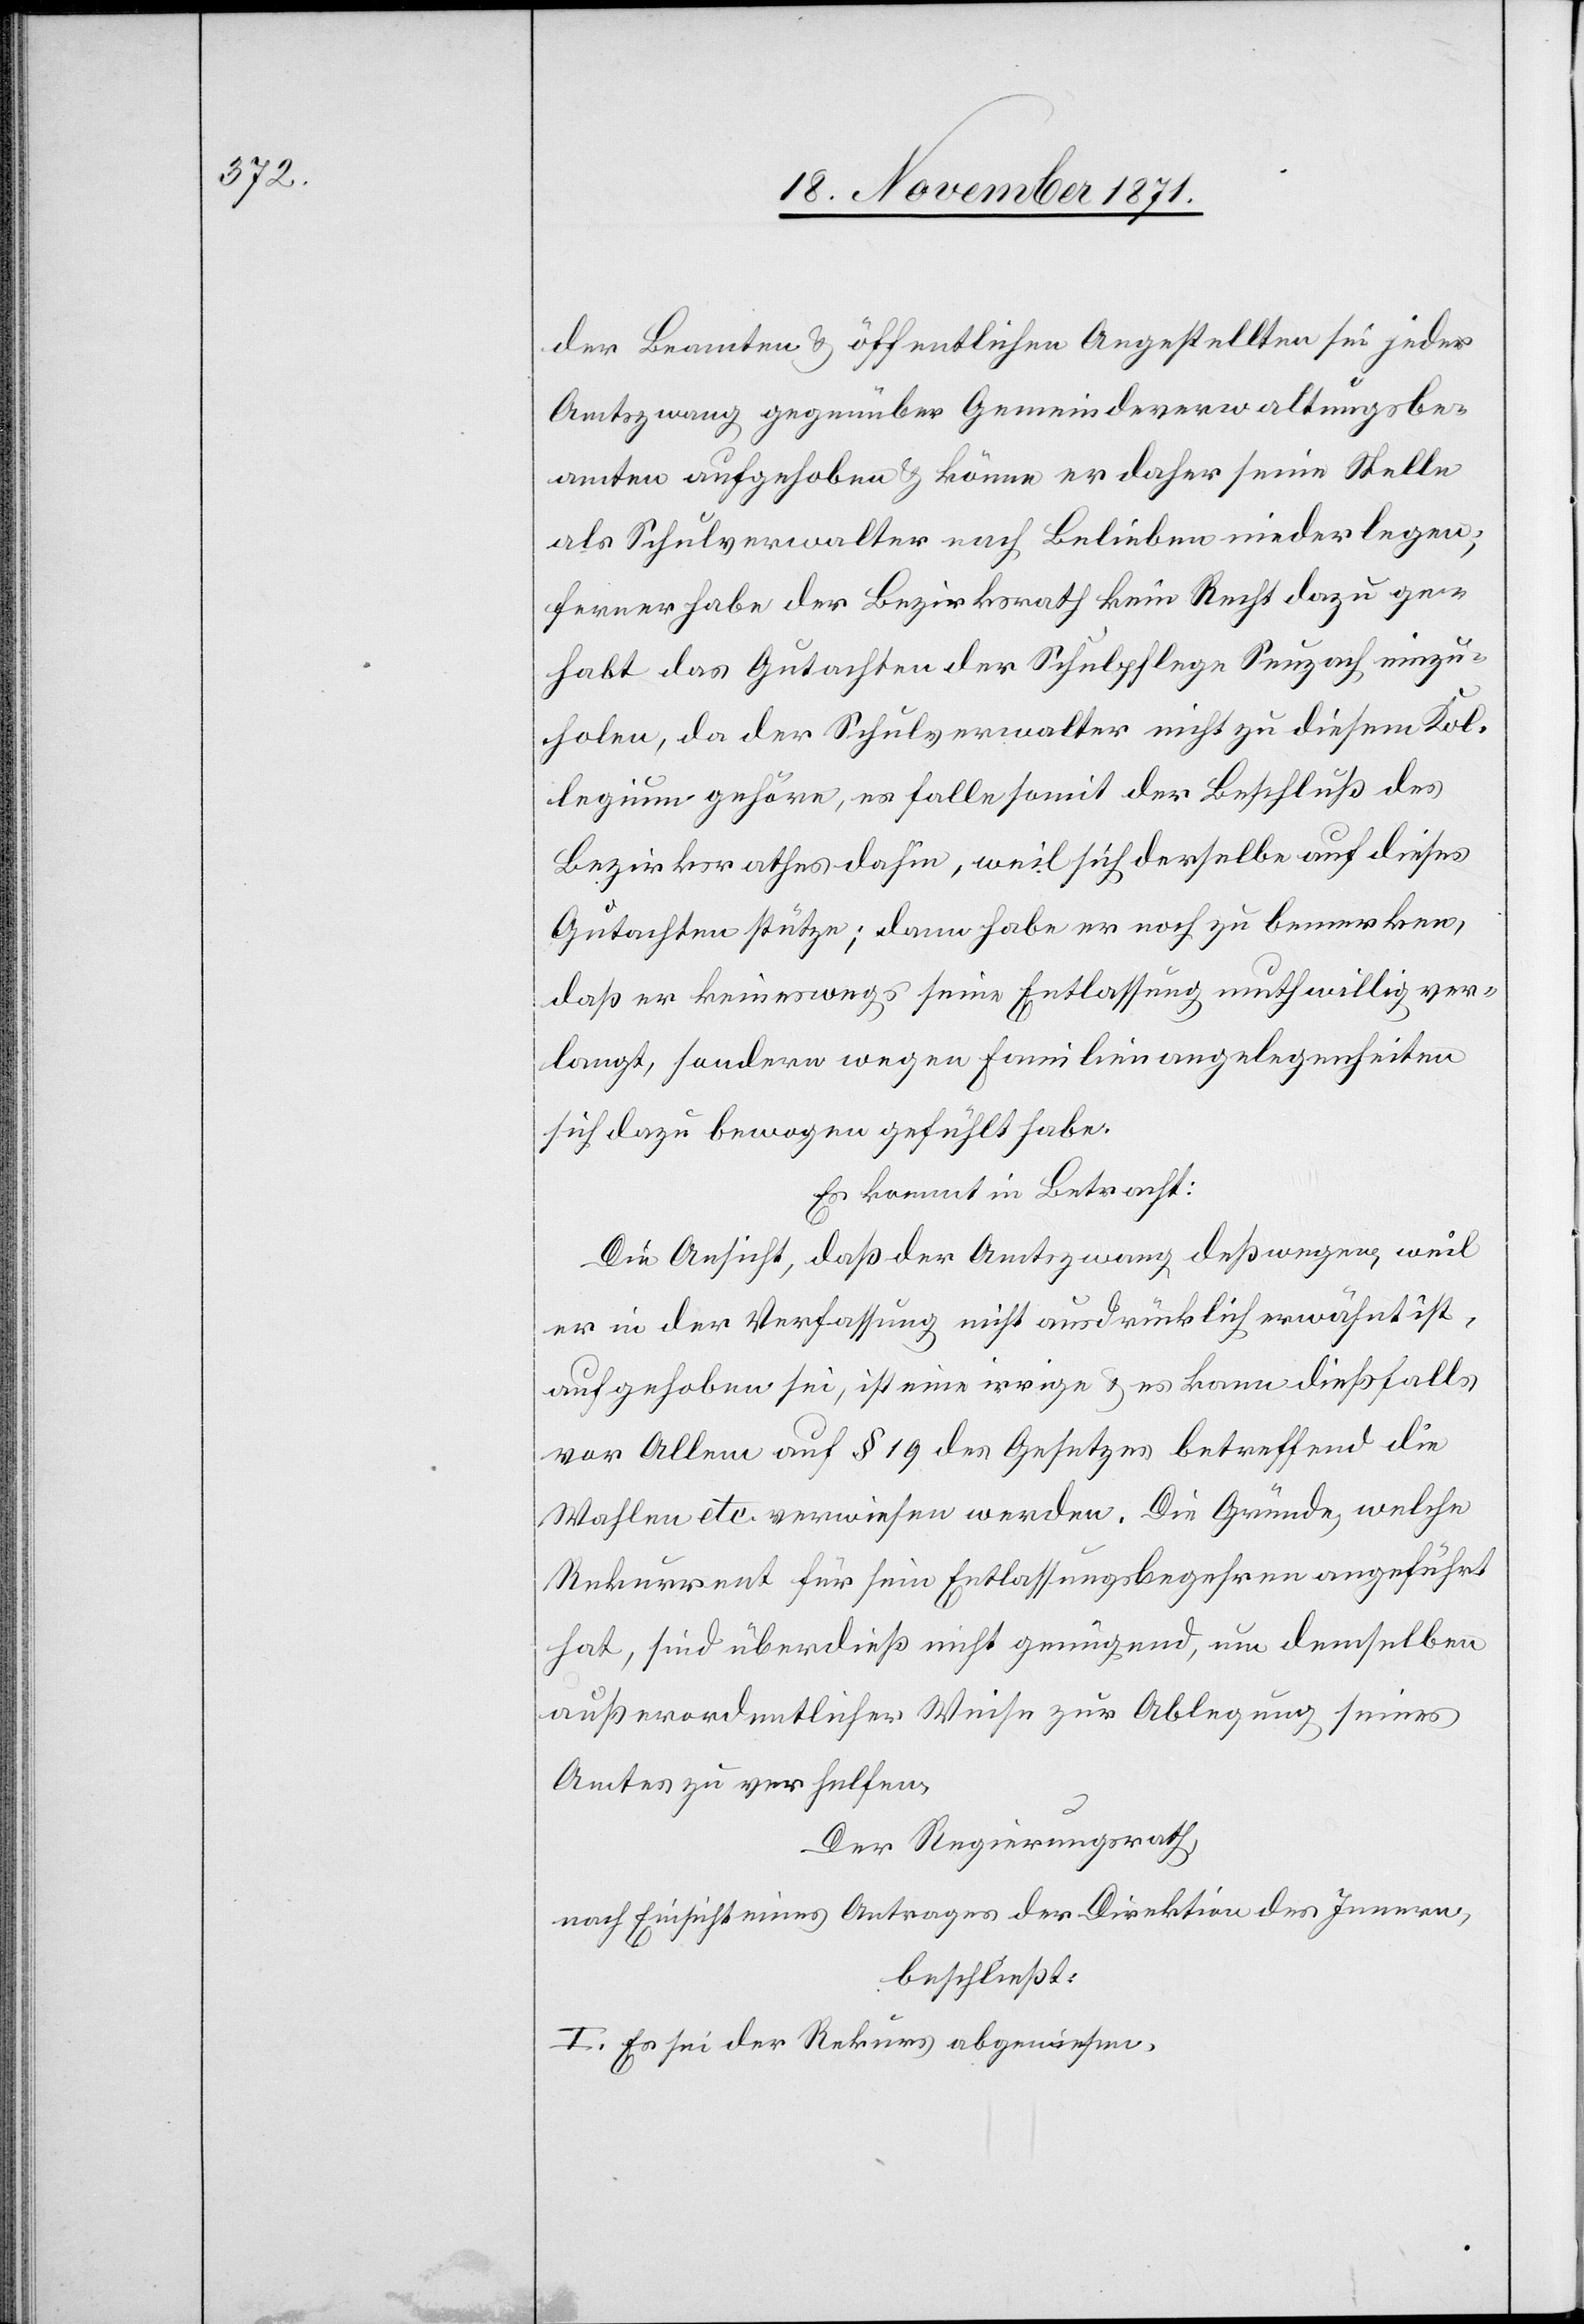
der Beamten & öffentlichen Angestellten sei jeder
Amtszwang gegenüber Gemeindeverwaltungsbe¬
amten aufgehoben & könne er daher seine Stelle
als Schulverwalter nach Belieben niederlegen;
ferner habe der Bezirksrath kein Recht dazu ge¬
habt, das Gutachten der Schulpflege Seuzach einzu¬
holen, da der Schulverwalter nicht zu diesem Kol¬
legium gehöre, es falle somit der Beschluß des
Bezirksrathes dahin, weil sich derselbe auf dieses
Gutachten stütze, dann habe er noch zu bemerken,
daß er keineswegs seine Entlassung muthwillig ver¬
langt, sondern wegen Familienangelegenheiten
sich dazu bewogen gefühlt habe.
Es kommt in Betracht:
Die Ansicht, daß der Amtszwang deßwegen, weil
er in der Verfassung nicht ausdrücklich erwähnt ist,
aufgehoben sei, ist eine irrige & es kann dießfalls
vor Allem auf § 19 des Gesetzes betreffend die
Wahlen etc. erwiesen werden. Die Gründe, welche
Rekurrent für sein Entlassungsbegehren angeführt
hat, sind überdieß nicht genügend, um demselben
außerordentlicher Weise zur Ablegung seines
Amtes zu verhelfen.
Der Regierungsrath,
nach Einsicht eines Antrages der Direktion des Innern,
beschließt:
I. Es sei der Rekurs abgewiesen.